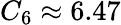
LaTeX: C_{6}\approx 6.47